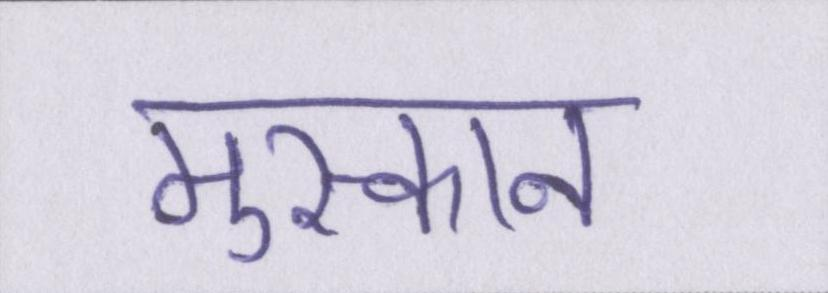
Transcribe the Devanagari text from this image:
मुस्कान